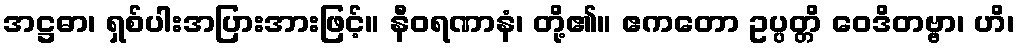
အဋ္ဌဓာ၊ ရှစ်ပါးအပြားအားဖြင့်။ နီဝရဏာနံ၊ တို့၏။ ဧကတော ဥပ္ပတ္တိ ဝေဒိတဗ္ဗာ၊ ဟိ၊